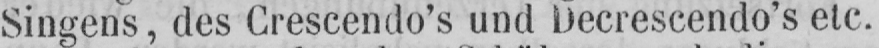
Singens, des Crescendo’s und Decrescendo’s etc.